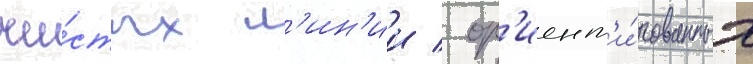
чи́стых л'ин'ии / ор'иент'и́рованных